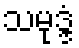
သမုဒ္ဒံ